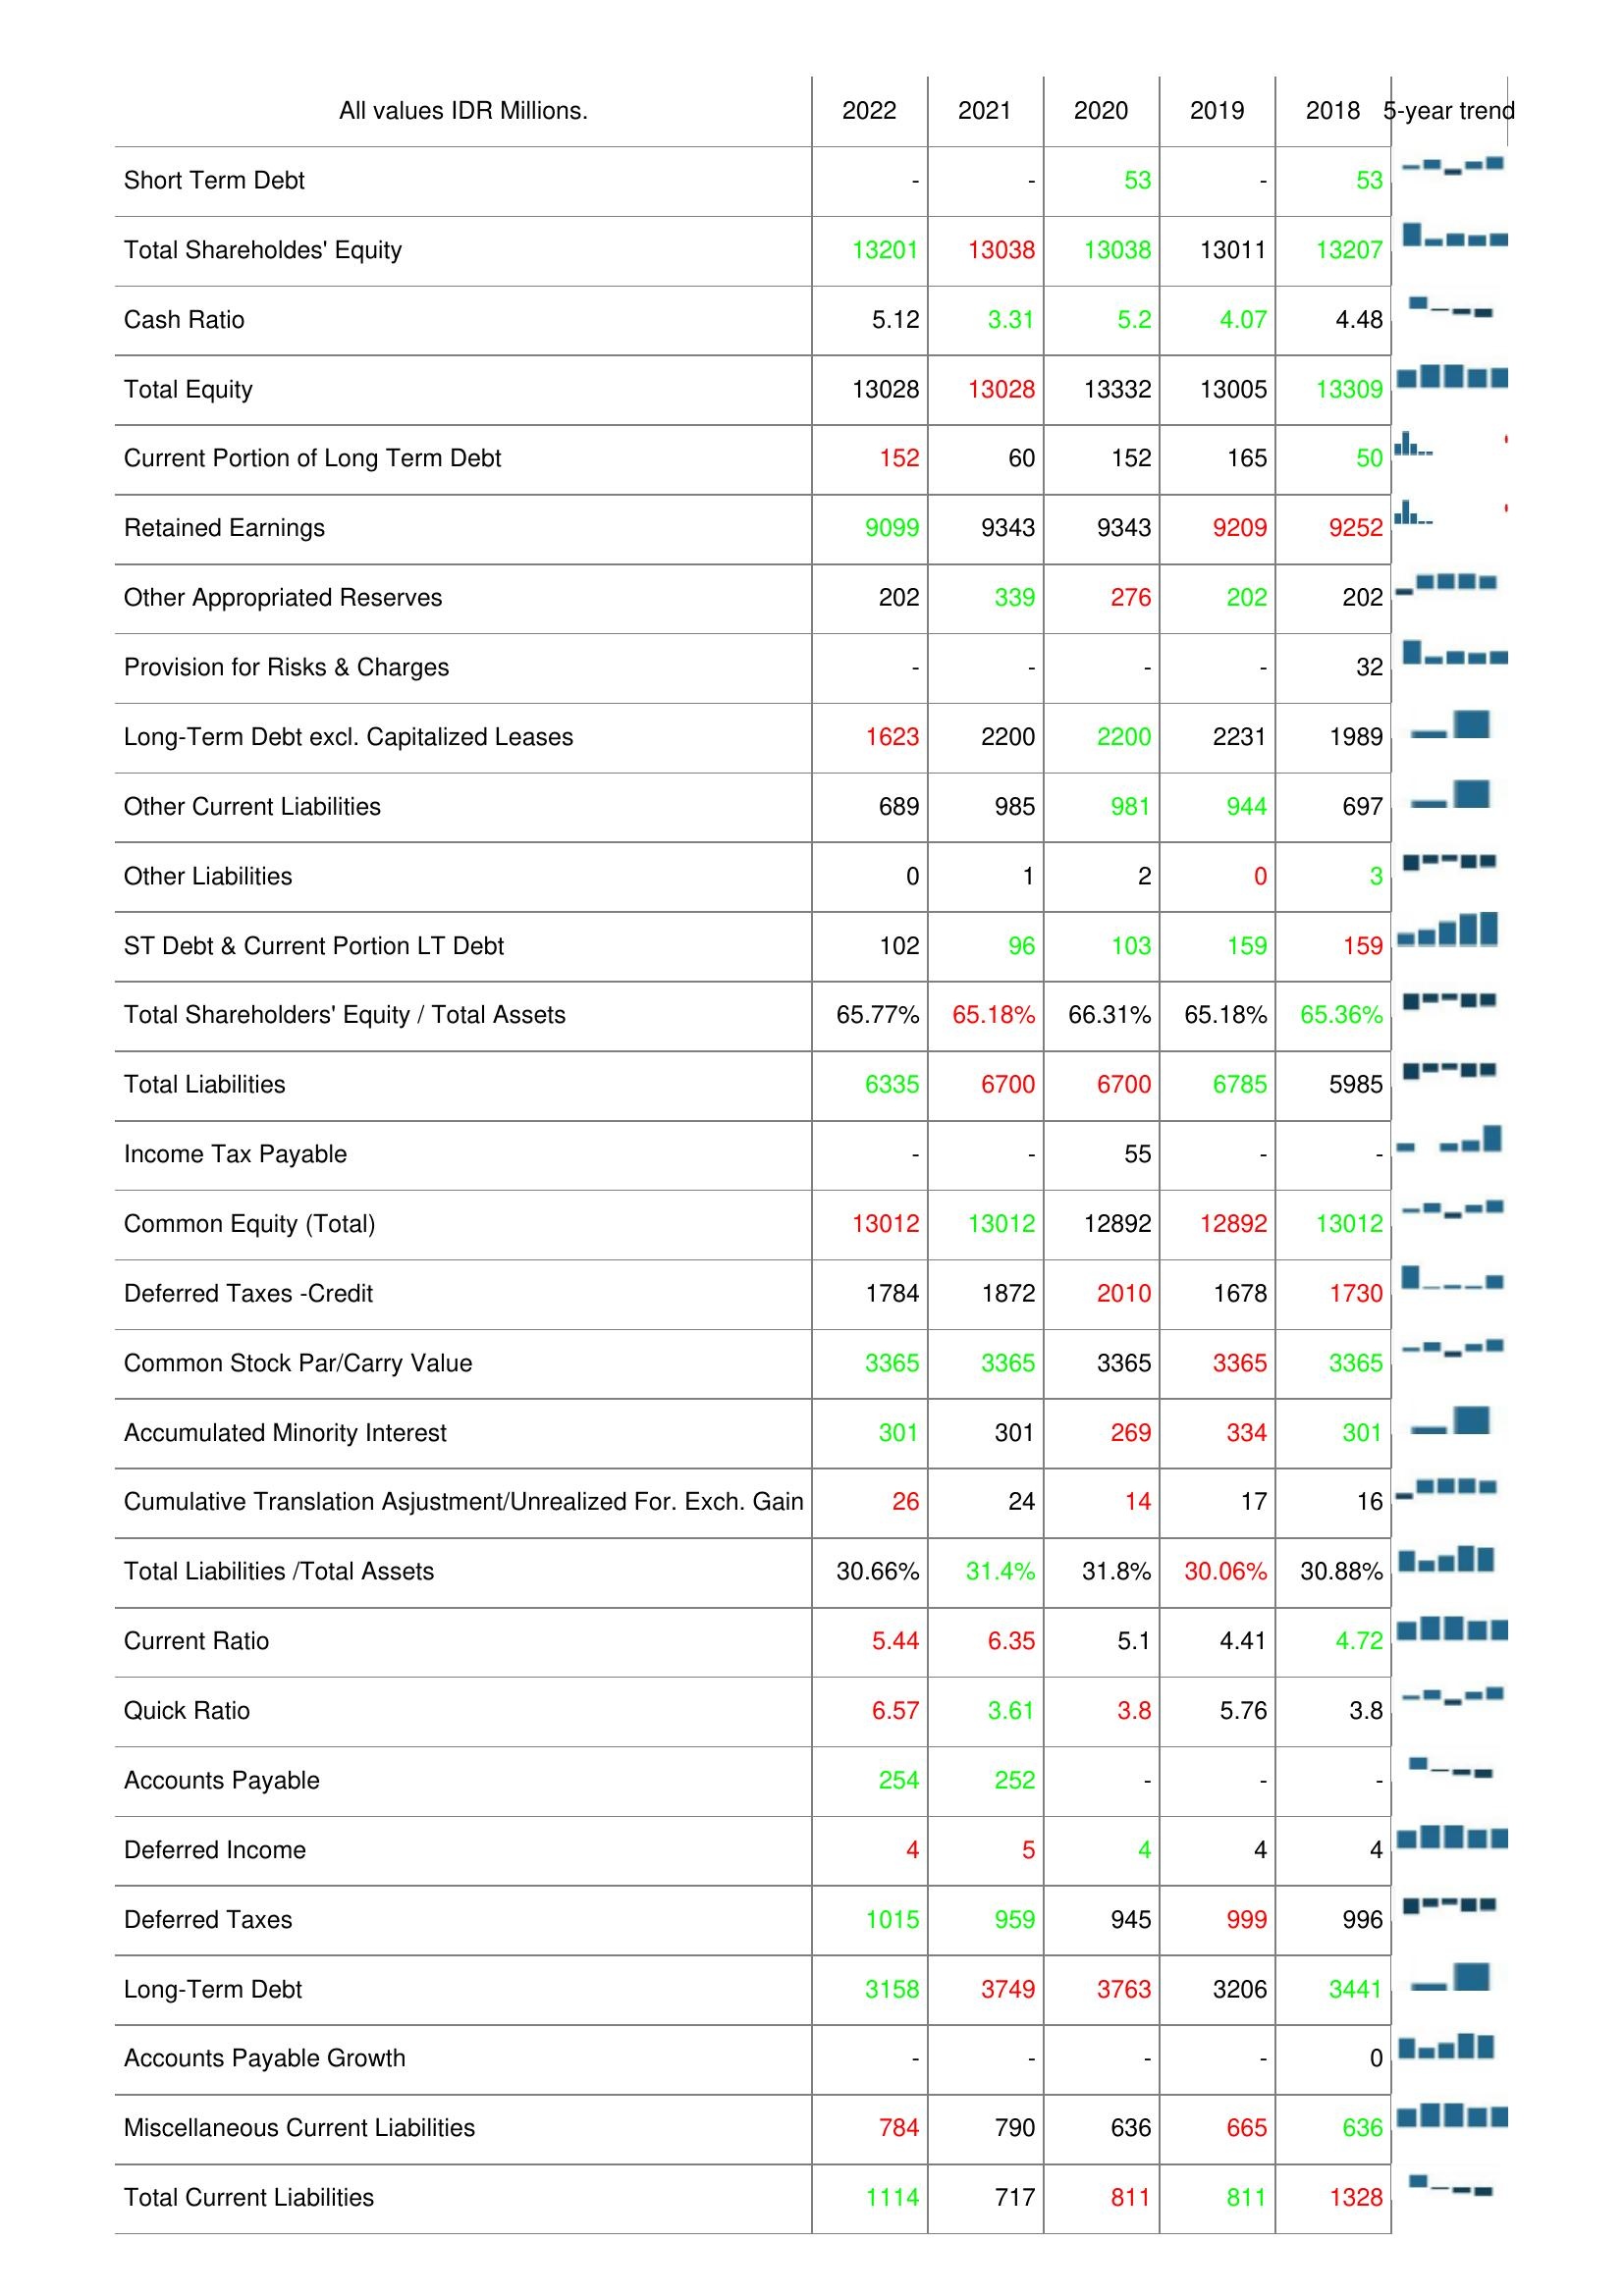
2022: Liabilities & Shareholder's Equity: Short Term Debt: -
Total Shareholdes' Equity: 13201
Cash Ratio: 5.12
Total Equity: 13028
Current Portion of Long Term Debt: 152
Retained Earnings: 9099
Other Appropriated Reserves: 202
Provision for Risks & Charges: -
Long-Term Debt excl. Capitalized Leases: 1623
Other Current Liabilities: 689
Other Liabilities: 0
ST Debt & Current Portion LT Debt: 102
Total Shareholders' Equity / Total Assets: 65.77%
Total Liabilities: 6335
Income Tax Payable: -
Common Equity (Total): 13012
Deferred Taxes -Credit: 1784
Common Stock Par/Carry Value: 3365
Accumulated Minority Interest: 301
Cumulative Translation Asjustment/Unrealized For. Exch. Gain: 26
Total Liabilities /Total Assets: 30.66%
Current Ratio: 5.44
Quick Ratio: 6.57
Accounts Payable: 254
Deferred Income: 4
Deferred Taxes: 1015
Long-Term Debt: 3158
Accounts Payable Growth: -
Miscellaneous Current Liabilities: 784
Total Current Liabilities: 1114
2021: Liabilities & Shareholder's Equity: Short Term Debt: -
Total Shareholdes' Equity: 13038
Cash Ratio: 3.31
Total Equity: 13028
Current Portion of Long Term Debt: 60
Retained Earnings: 9343
Other Appropriated Reserves: 339
Provision for Risks & Charges: -
Long-Term Debt excl. Capitalized Leases: 2200
Other Current Liabilities: 985
Other Liabilities: 1
ST Debt & Current Portion LT Debt: 96
Total Shareholders' Equity / Total Assets: 65.18%
Total Liabilities: 6700
Income Tax Payable: -
Common Equity (Total): 13012
Deferred Taxes -Credit: 1872
Common Stock Par/Carry Value: 3365
Accumulated Minority Interest: 301
Cumulative Translation Asjustment/Unrealized For. Exch. Gain: 24
Total Liabilities /Total Assets: 31.4%
Current Ratio: 6.35
Quick Ratio: 3.61
Accounts Payable: 252
Deferred Income: 5
Deferred Taxes: 959
Long-Term Debt: 3749
Accounts Payable Growth: -
Miscellaneous Current Liabilities: 790
Total Current Liabilities: 717
2020: Liabilities & Shareholder's Equity: Short Term Debt: 53
Total Shareholdes' Equity: 13038
Cash Ratio: 5.2
Total Equity: 13332
Current Portion of Long Term Debt: 152
Retained Earnings: 9343
Other Appropriated Reserves: 276
Provision for Risks & Charges: -
Long-Term Debt excl. Capitalized Leases: 2200
Other Current Liabilities: 981
Other Liabilities: 2
ST Debt & Current Portion LT Debt: 103
Total Shareholders' Equity / Total Assets: 66.31%
Total Liabilities: 6700
Income Tax Payable: 55
Common Equity (Total): 12892
Deferred Taxes -Credit: 2010
Common Stock Par/Carry Value: 3365
Accumulated Minority Interest: 269
Cumulative Translation Asjustment/Unrealized For. Exch. Gain: 14
Total Liabilities /Total Assets: 31.8%
Current Ratio: 5.1
Quick Ratio: 3.8
Accounts Payable: -
Deferred Income: 4
Deferred Taxes: 945
Long-Term Debt: 3763
Accounts Payable Growth: -
Miscellaneous Current Liabilities: 636
Total Current Liabilities: 811
2019: Liabilities & Shareholder's Equity: Short Term Debt: -
Total Shareholdes' Equity: 13011
Cash Ratio: 4.07
Total Equity: 13005
Current Portion of Long Term Debt: 165
Retained Earnings: 9209
Other Appropriated Reserves: 202
Provision for Risks & Charges: -
Long-Term Debt excl. Capitalized Leases: 2231
Other Current Liabilities: 944
Other Liabilities: 0
ST Debt & Current Portion LT Debt: 159
Total Shareholders' Equity / Total Assets: 65.18%
Total Liabilities: 6785
Income Tax Payable: -
Common Equity (Total): 12892
Deferred Taxes -Credit: 1678
Common Stock Par/Carry Value: 3365
Accumulated Minority Interest: 334
Cumulative Translation Asjustment/Unrealized For. Exch. Gain: 17
Total Liabilities /Total Assets: 30.06%
Current Ratio: 4.41
Quick Ratio: 5.76
Accounts Payable: -
Deferred Income: 4
Deferred Taxes: 999
Long-Term Debt: 3206
Accounts Payable Growth: -
Miscellaneous Current Liabilities: 665
Total Current Liabilities: 811
2018: Liabilities & Shareholder's Equity: Short Term Debt: 53
Total Shareholdes' Equity: 13207
Cash Ratio: 4.48
Total Equity: 13309
Current Portion of Long Term Debt: 50
Retained Earnings: 9252
Other Appropriated Reserves: 202
Provision for Risks & Charges: 32
Long-Term Debt excl. Capitalized Leases: 1989
Other Current Liabilities: 697
Other Liabilities: 3
ST Debt & Current Portion LT Debt: 159
Total Shareholders' Equity / Total Assets: 65.36%
Total Liabilities: 5985
Income Tax Payable: -
Common Equity (Total): 13012
Deferred Taxes -Credit: 1730
Common Stock Par/Carry Value: 3365
Accumulated Minority Interest: 301
Cumulative Translation Asjustment/Unrealized For. Exch. Gain: 16
Total Liabilities /Total Assets: 30.88%
Current Ratio: 4.72
Quick Ratio: 3.8
Accounts Payable: -
Deferred Income: 4
Deferred Taxes: 996
Long-Term Debt: 3441
Accounts Payable Growth: 0
Miscellaneous Current Liabilities: 636
Total Current Liabilities: 1328